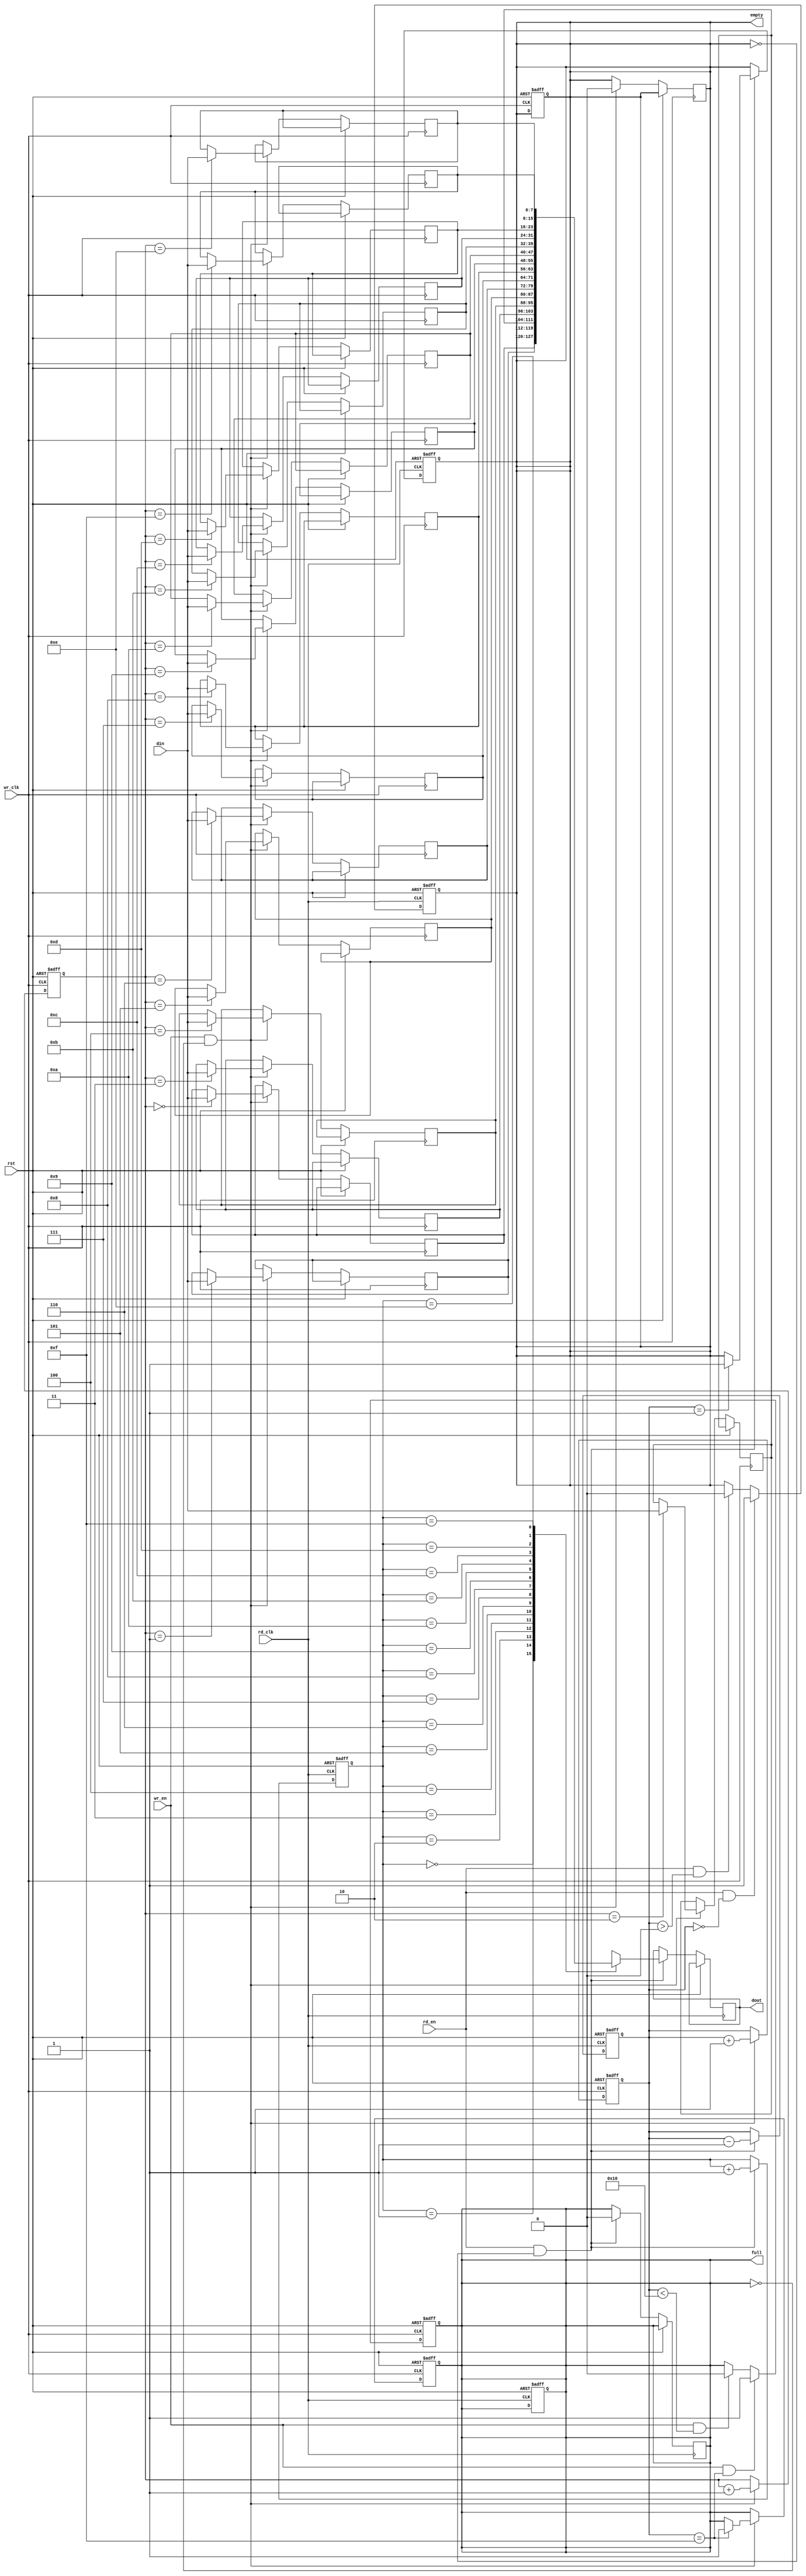
module async_fifo #(
    parameter DATA_WIDTH = 8,       // Width of data
    parameter FIFO_DEPTH = 16        // Depth of FIFO (must be a power of 2)
)(
    input wire wr_clk,               // Write clock
    input wire rd_clk,               // Read clock
    input wire rst,                  // Asynchronous reset
    input wire wr_en,                // Write enable
    input wire rd_en,                // Read enable
    input wire [DATA_WIDTH-1:0] din, // Data input
    output reg [DATA_WIDTH-1:0] dout, // Data output
    output reg full,                 // Full flag
    output reg empty                 // Empty flag
);

    // Internal definitions
    reg [DATA_WIDTH-1:0] mem [0:FIFO_DEPTH-1]; // Memory array
    reg [$clog2(FIFO_DEPTH)-1:0] wptr;         // Write pointer
    reg [$clog2(FIFO_DEPTH)-1:0] rptr;         // Read pointer
    reg [$clog2(FIFO_DEPTH):0] count;           // Count of data in FIFO

    // Synchronous write operation
    always @(posedge wr_clk or posedge rst) begin
        if (rst) begin
            wptr <= 0;
            count <= 0;
            full <= 1'b0;
        end else if (wr_en && !full) begin
            mem[wptr] <= din;           // Write data to FIFO
            wptr <= wptr + 1'b1;       // Increment write pointer
            count <= count + 1'b1;     // Increment count
            if (count == FIFO_DEPTH-1)
                full <= 1'b1;           // Set full flag
            empty <= 1'b0;              // Clear empty flag
        end
    end

    // Synchronous read operation
    always @(posedge rd_clk or posedge rst) begin
        if (rst) begin
            rptr <= 0;
            count <= 0;
            empty <= 1'b1;
        end else if (rd_en && !empty) begin
            dout <= mem[rptr];          // Read data from FIFO
            rptr <= rptr + 1'b1;        // Increment read pointer
            count <= count - 1'b1;      // Decrement count
            if (count == 1)
                empty <= 1'b1;          // Set empty flag
            full <= 1'b0;                // Clear full flag
        end
    end

    // Pointer synchronization for status flags
    always @(posedge wr_clk or posedge rst) begin
        if (rst) begin
            full <= 1'b0;
            empty <= 1'b1;
        end else if (wr_en && (count == FIFO_DEPTH - 1)) begin
            full <= 1'b1;               // Set full flag when FIFO is full
        end else if (wr_en && (count < FIFO_DEPTH)) begin
            full <= 1'b0;               // Clear full flag
        end
    end

    always @(posedge rd_clk or posedge rst) begin
        if (rst) begin
            full <= 1'b0;
            empty <= 1'b1;
        end else if (rd_en && (count == 0)) begin
            empty <= 1'b1;              // Set empty flag when FIFO is empty
        end else if (rd_en && (count > 0)) begin
            empty <= 1'b0;              // Clear empty flag
        end
    end

endmodule